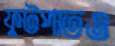
ফুটপাতও